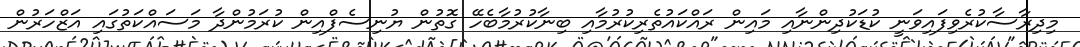
މިދިރާސާކުރެވިފައިވަނީ ކުޑަކުދިންނާއި މައިން ރައްކައުތެރިކުރުމާއި ބިނާކުރުމާބެހޭ ގޮތުން ޔުނިސެފްއިން ކުރަމުންދާ މަސައްކަތުގައި އަޒްހަރުން